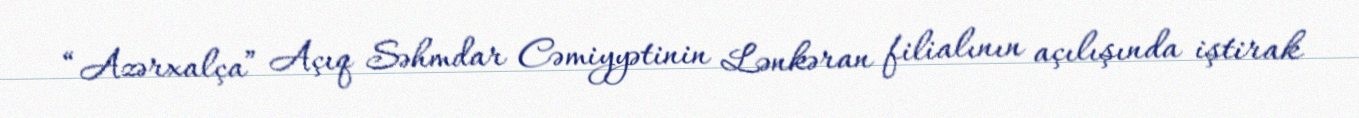
“Azərxalça” Açıq Səhmdar Cəmiyyətinin Lənkəran filialının açılışında iştirak